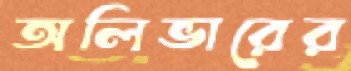
অলিভারের